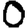
Digit: 0